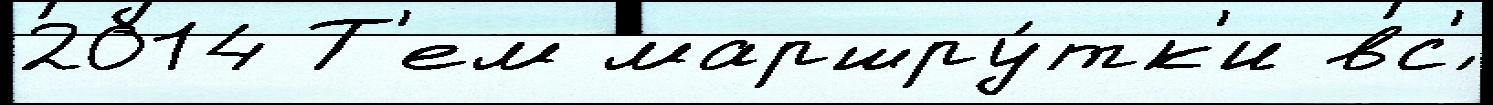
2014 Т'ем маршру́тк'и вс'́